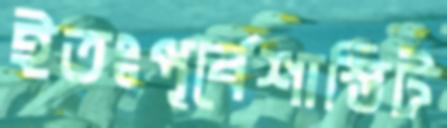
ইতঃপূর্বেশাস্তিট